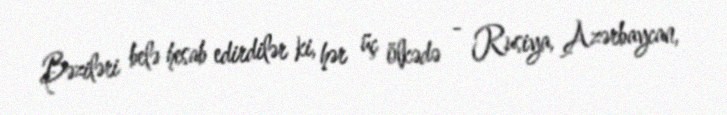
Bəziləri belə hesab edirdilər ki, hər üç ölkədə - Rusiya, Azərbaycan,